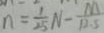
n = \frac { 1 } { 2 5 } N - \frac { M } { 1 2 . 5 }